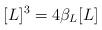
LaTeX: \begin{align*} [L]^3 = 4 \beta_{L} [L]\end{align*}